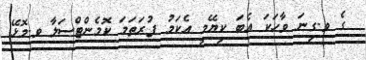
ގެ ވ.ގިނަ ވާހަކަ އެބަ ކިޔޭމީ އެކަމު ފުރަތަމަ ކޮމެންޓްސަލާ ވ.މޮޅޭ